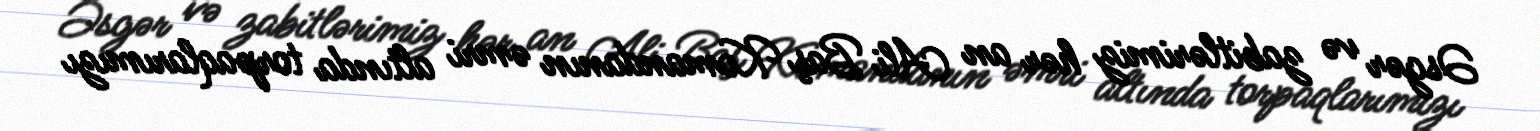
Əsgər və zabitlərimiz hər an Ali Baş Komandanın əmri altında torpaqlarımızı